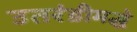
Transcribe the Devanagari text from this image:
उतरंडीमद्धे